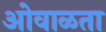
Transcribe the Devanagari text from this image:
ओवाळता